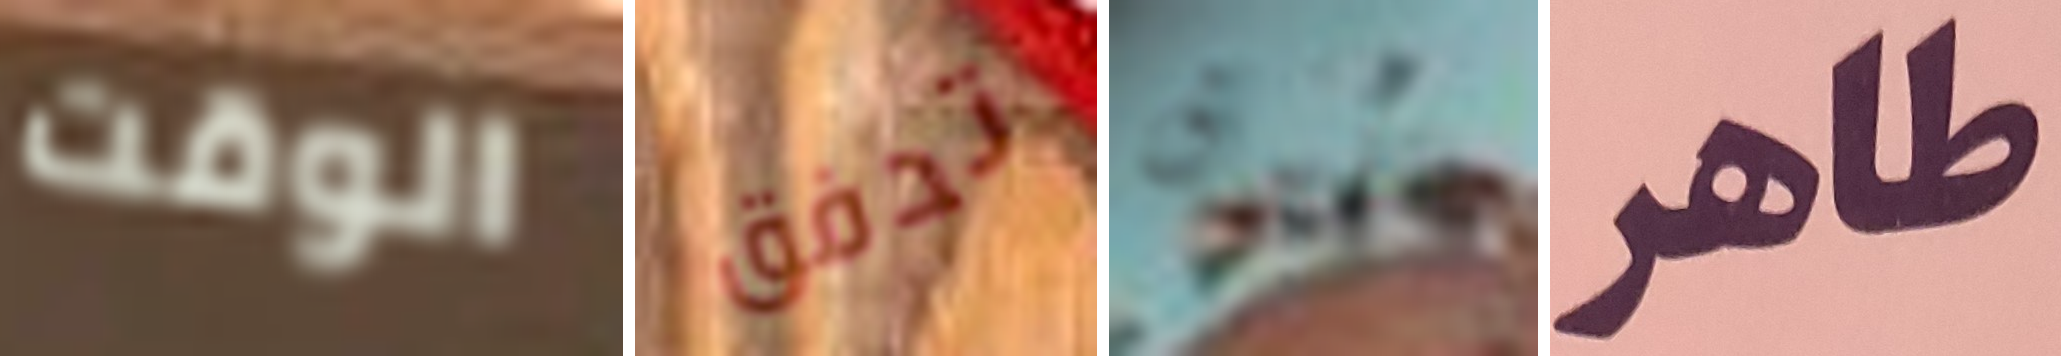
الوقت تدفق تفوق طاهر